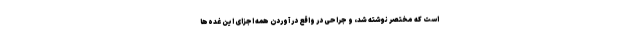
است که مختصر نوشته شد، و جراحی در واقع در آوردن همه اجزای این غده‌ها